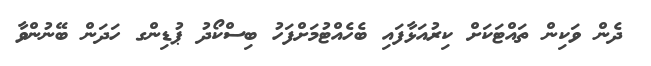
ދެން ވަކިން ތައްޓަކަށް ކިރުއަޅާފައި ބެހެއްޓުމަށްފަހު ބިސްކޯދު ޕުޑިންގ ހަދަން ބޭނުންވާ